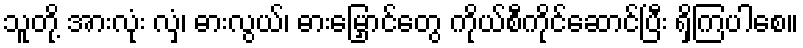
သူတို့ အားလုံး လှံ၊ ဓားလွယ်၊ ဓားမြှောင်တွေ ကိုယ်စီကိုင်ဆောင်ပြီး ရှိကြပါစေ။